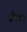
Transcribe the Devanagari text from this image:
ईल।